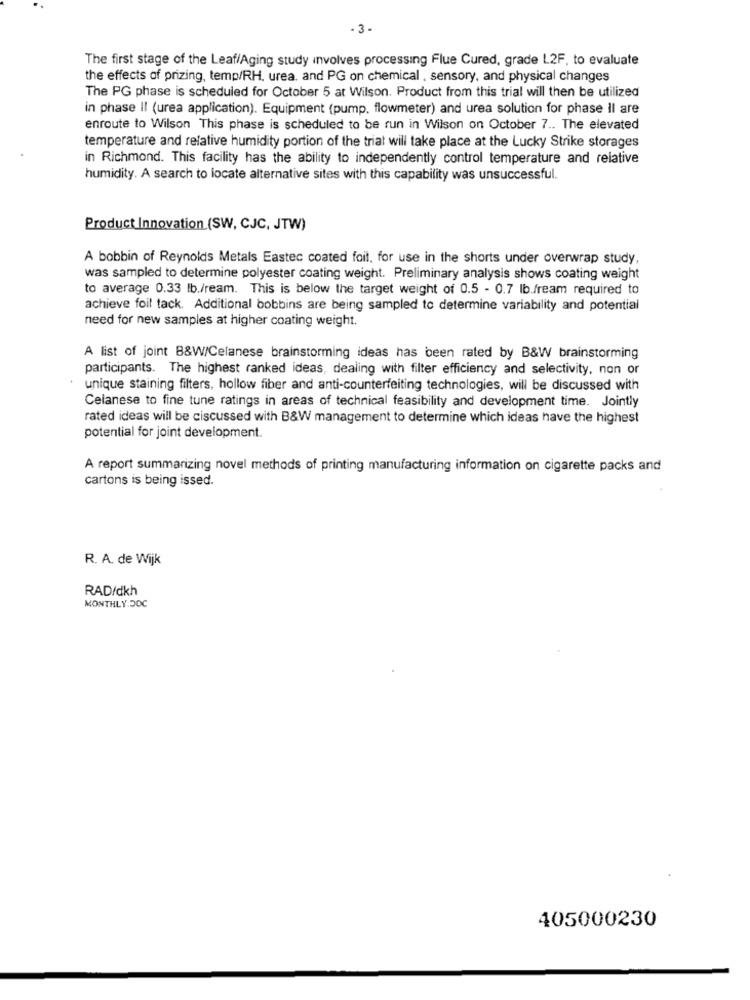
- 3-
The first stage of the Leaf/Aging study involves processing Flue Cured, grade L2F, to evaluate
the effects of prizing, temp/RH, urea. and PG on chemical , sensory, and physical changes
The PG phase is scheduled for October 5 at Wilson. Product from this trial will then be utilized
in phase II (urea application). Equipment (pump. flowmeter) and urea solution for phase Il are
enroute to Wilson This phase is scheduled to be run in Wilson on October 7 .. The elevated
temperature and relative humidity portion of the triat will take place at the Lucky Strike storages
in Richmond. This facility has the ability to independently control temperature and relative
humidity. A search to locate alternative sites with this capability was unsuccessful.
Product Innovation (SW, CJC, JTW)
A bobbin of Reynolds Metals Eastec coated foil, for use in the shorts under overwrap study,
was sampled to determine polyester coating weight. Preliminary analysis shows coating weight
to average 0.33 lb./ream. This is below the target weight of 0.5 - 0.7 Ib.fream required to
achieve foil tack. Additional bobbins are being sampled to determine variability and potential
need for new samples at higher coating weight.
A list of joint B&W/Celanese brainstorming ideas has been rated by B&W brainstorming
participants. The highest ranked ideas, dealing with filter efficiency and selectivity, non or
unique staining filters, hollow fiber and anti-counterfeiting technologies, will be discussed with
Celanese to fine tune ratings in areas of technical feasibility and development time. Jointly
rated ideas will be ciscussed with B&W management to determine which ideas have the highest
potential for joint development.
A report summarizing novel methods of printing manufacturing information on cigarette packs and
cartons is being issed.
R. A. de Wijk
RAD/dkh
MONTHLY.DOC
405000230